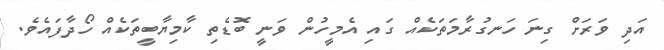
އަދި ވަރަށް ގިނަ ހަނގުރާމަތަކެއް ގައި އެމީހުން ވަނީ ބޮޑެތި ކާމިޔާބީތަކެއް ހޯދާފައެވެ.